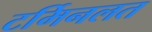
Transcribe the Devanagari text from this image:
टर्मिनलत